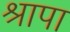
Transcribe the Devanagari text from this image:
श्रापा